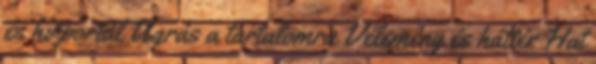
és hírportál Ugrás a tartalomra Vélemény és háttér Hat